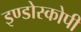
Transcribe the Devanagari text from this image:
इण्डोस्कोपी